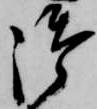
御